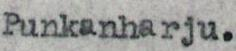
Punkanharju.